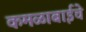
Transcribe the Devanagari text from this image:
कमळाबाईचे